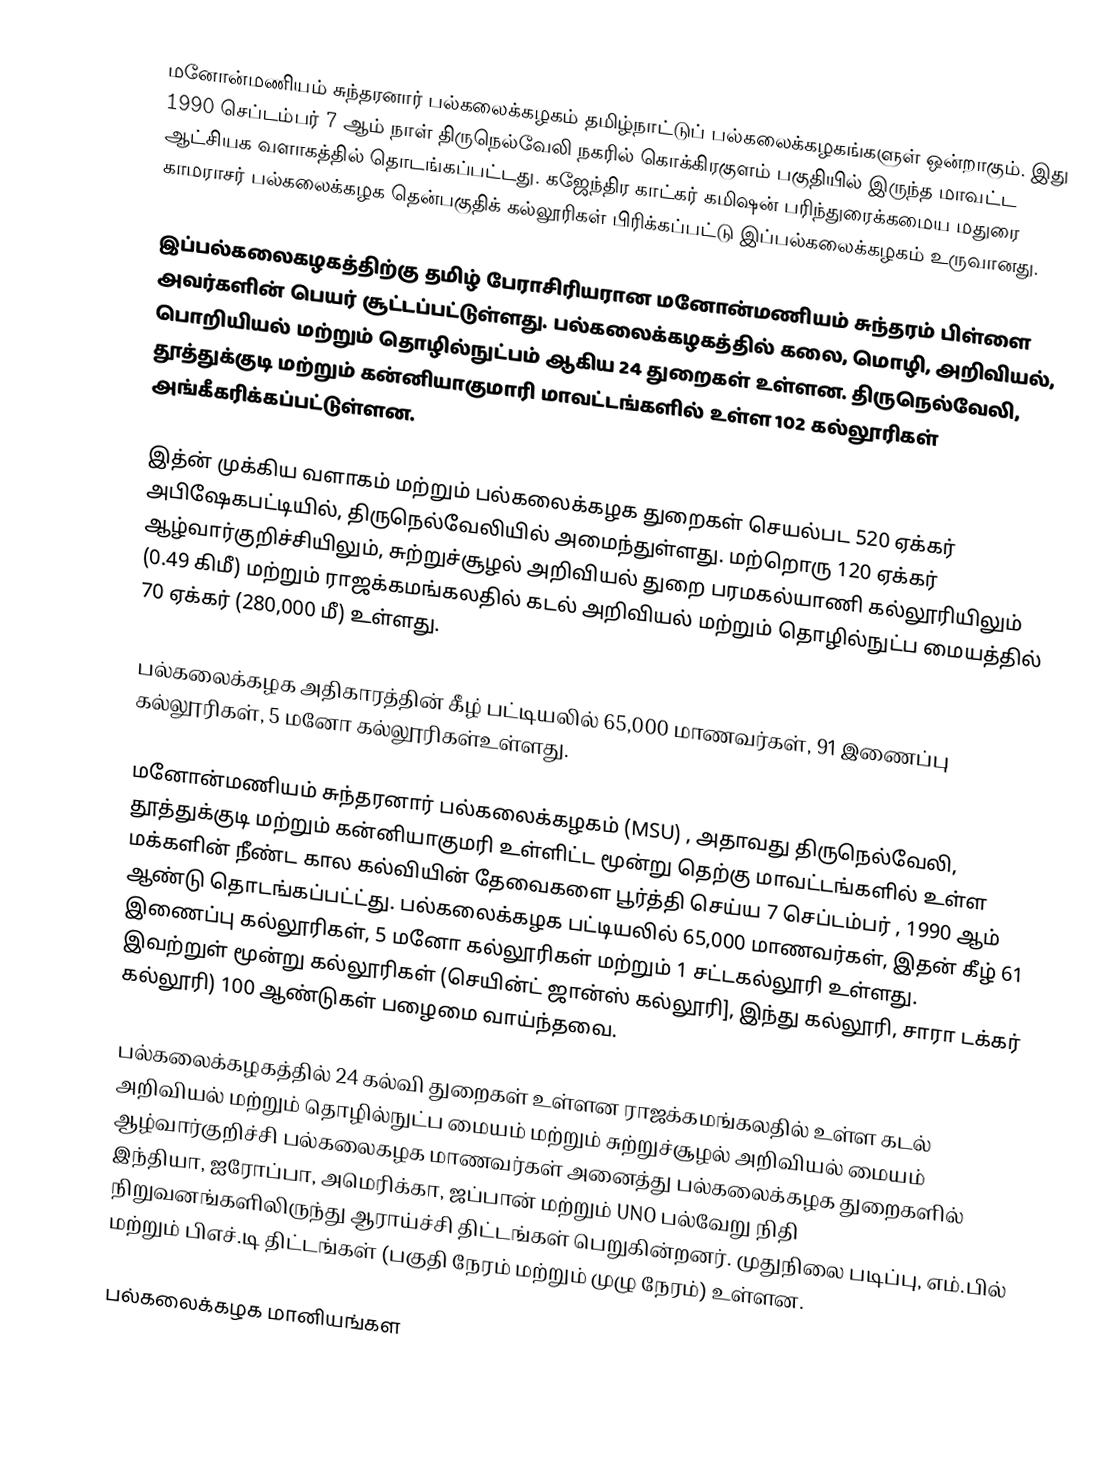
மனோன்மணியம் சுந்தரனார் பல்கலைக்கழகம் தமிழ்நாட்டுப் பல்கலைக்கழகங்களுள் ஒன்றாகும்.  இது 1990 செப்டம்பர் 7 ஆம் நாள் திருநெல்வேலி நகரில் கொக்கிரகுளம் பகுதியில் இருந்த மாவட்ட ஆட்சியக வளாகத்தில் தொடங்கப்பட்டது. கஜேந்திர காட்கர் கமிஷன் பரிந்துரைக்கமைய மதுரை காமராசர் பல்கலைக்கழக தென்பகுதிக் கல்லூரிகள் பிரிக்கப்பட்டு இப்பல்கலைக்கழகம் உருவானது.

இப்பல்கலைகழகத்திற்கு தமிழ் பேராசிரியரான மனோன்மணியம் சுந்தரம் பிள்ளை அவர்களின் பெயர் சூட்டப்பட்டுள்ளது. பல்கலைக்கழகத்தில் கலை, மொழி, அறிவியல், பொறியியல் மற்றும் தொழில்நுட்பம் ஆகிய 24 துறைகள் உள்ளன. திருநெல்வேலி, தூத்துக்குடி மற்றும் கன்னியாகுமாரி மாவட்டங்களில் உள்ள 102 கல்லூரிகள் அங்கீகரிக்கப்பட்டுள்ளன.

இத்ன் முக்கிய வளாகம் மற்றும் பல்கலைக்கழக துறைகள் செயல்பட 520 ஏக்கர் அபிஷேகபட்டியில், திருநெல்வேலியில் அமைந்துள்ளது. மற்றொரு 120 ஏக்கர் ஆழ்வார்குறிச்சியிலும்,  சுற்றுச்சூழல் அறிவியல் துறை பரமகல்யாணி கல்லூரியிலும் (0.49 கிமீ)  மற்றும் ராஜக்கமங்கலதில் கடல் அறிவியல் மற்றும் தொழில்நுட்ப மையத்தில் 70 ஏக்கர்  (280,000 மீ) உள்ளது.

பல்கலைக்கழக அதிகாரத்தின் கீழ் பட்டியலில் 65,000 மாணவர்கள்,  91 இணைப்பு கல்லூரிகள், 5 மனோ கல்லூரிகள்உள்ளது.

மனோன்மணியம் சுந்தரனார் பல்கலைக்கழகம் (MSU) , அதாவது திருநெல்வேலி, தூத்துக்குடி மற்றும் கன்னியாகுமரி உள்ளிட்ட மூன்று தெற்கு மாவட்டங்களில் உள்ள மக்களின் நீண்ட கால கல்வியின் தேவைகளை பூர்த்தி செய்ய 7 செப்டம்பர் , 1990 ஆம் ஆண்டு தொடங்கப்பட்ட்து. பல்கலைக்கழக பட்டியலில் 65,000 மாணவர்கள்,  இதன் கீழ் 61 இணைப்பு கல்லூரிகள், 5 மனோ கல்லூரிகள் மற்றும் 1 சட்டகல்லூரி உள்ளது. இவற்றுள் மூன்று கல்லூரிகள் (செயின்ட் ஜான்ஸ் கல்லூரி], இந்து கல்லூரி, சாரா டக்கர் கல்லூரி) 100 ஆண்டுகள் பழைமை வாய்ந்தவை.

பல்கலைக்கழகத்தில் 24 கல்வி துறைகள் உள்ளன ராஜக்கமங்கலதில் உள்ள கடல் அறிவியல் மற்றும் தொழில்நுட்ப மையம் மற்றும் சுற்றுச்சூழல் அறிவியல் மையம் ஆழ்வார்குறிச்சி பல்கலைகழக மாணவர்கள் அனைத்து பல்கலைக்கழக துறைகளில் இந்தியா, ஐரோப்பா, அமெரிக்கா, ஜப்பான் மற்றும் UNO பல்வேறு நிதி நிறுவனங்களிலிருந்து ஆராய்ச்சி திட்டங்கள் பெறுகின்றனர். முதுநிலை படிப்பு, எம்.பில் மற்றும் பிஎச்.டி திட்டங்கள் (பகுதி நேரம் மற்றும் முழு நேரம்) உள்ளன.

பல்கலைக்கழக மானியங்கள